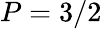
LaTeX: P=3/2